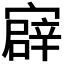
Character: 𫴎